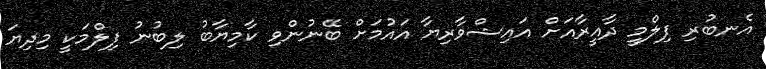
އެނބުރި ފިލްމީ ދާއީރާއަށް އައިޝްވާރިޔާ އައުމަށް ބޭނުންވި ކާމިޔާބު ލިބުނު ފިލްމަކީ މިދިޔަ